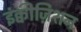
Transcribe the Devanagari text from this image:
इंक्वीज़िशन